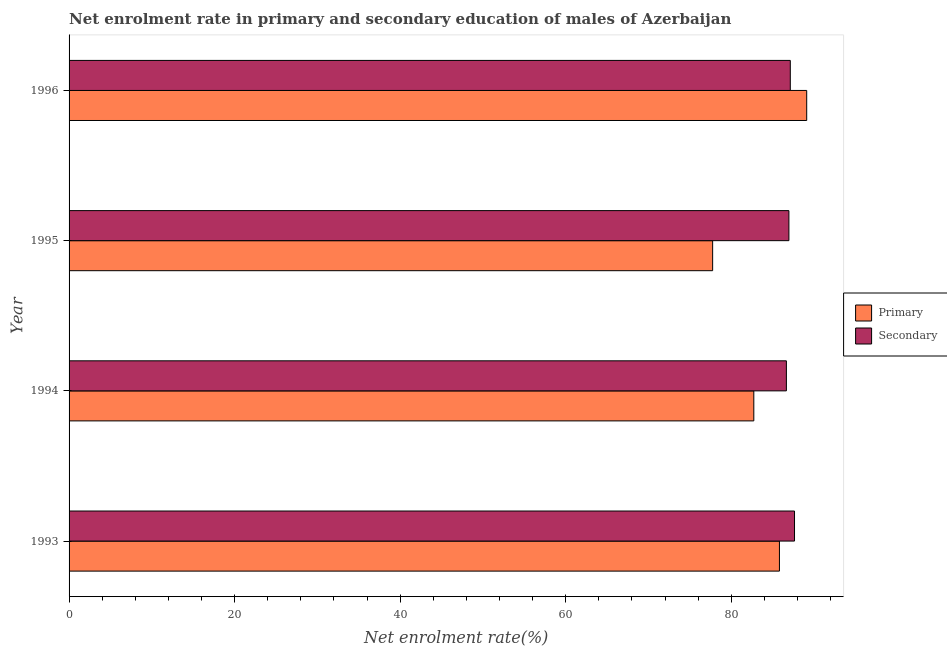
| Year | Primary | Secondary |
 | --- | --- | --- |
 | 1993 | 85.8 | 87.6 |
 | 1994 | 82.7 | 86.7 |
 | 1995 | 77.7 | 87 |
 | 1996 | 89.1 | 87.1 |